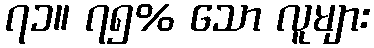
၇၁။ ၇၅% သော လူများ